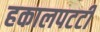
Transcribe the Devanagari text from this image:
हकालपटटी